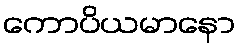
ကောပိယမာနော